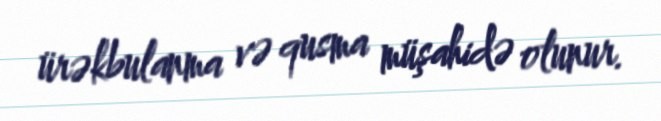
ürəkbulanma və qusma müşahidə olunur.